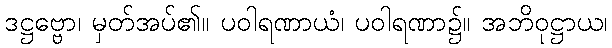
ဒဋ္ဌဗ္ဗော၊ မှတ်အပ်၏။ ပဝါရဏာယံ၊ ပဝါရဏာ၌။ အဘိဝုဋ္ဌာယ၊